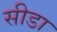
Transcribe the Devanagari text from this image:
सीडा